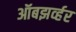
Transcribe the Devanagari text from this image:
ऑबझर्व्हर